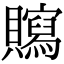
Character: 𧸿